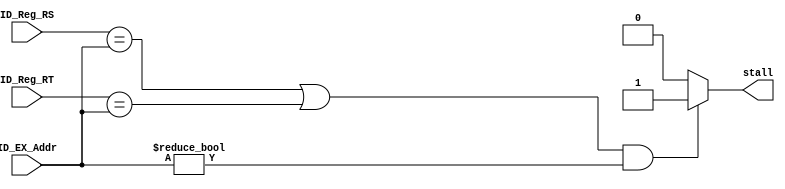
`timescale 1ns / 1ps
module Hazard_Detection(
  input [4:0] ID_Reg_RS,
  input [4:0] ID_Reg_RT,
  input [4:0] ID_EX_Addr,
  //input [4:0] EX_MEM_Addr,
  //input [4:0] MEM_WB_Addr,
  
  output stall);
  
  assign stall = (((ID_Reg_RS == ID_EX_Addr) || (ID_Reg_RT == ID_EX_Addr))
                  && (ID_EX_Addr != 5'b0)) ? 1'b1 : 1'b0;
  
  endmodule